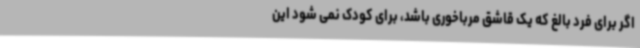
اگر برای فرد بالغ که یک قاشق مرباخوری باشد، برای کودک نمی شود این